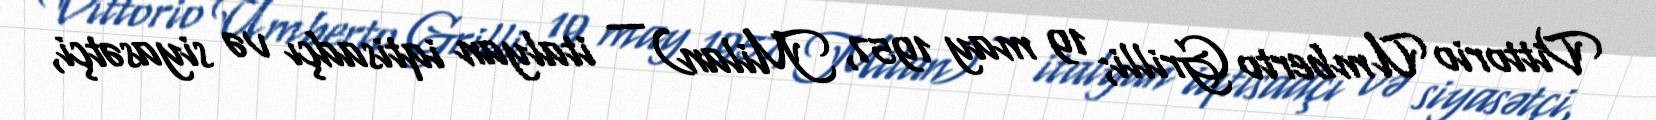
Vittorio Umberto Grilli; 19 may 1957, Milan) — italyan iqtisadçı və siyasətçi,